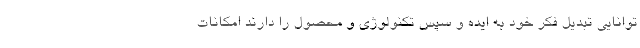
توانایی تبدیل فكر خود به ایده و سپس تكنولوژی و محصول را دارند امكانات